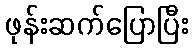
ဖုန်းဆက်ပြောပြီး